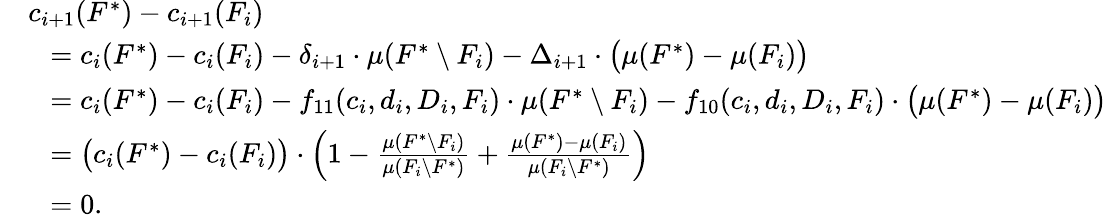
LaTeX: \begin{array}{rl}&{c_{i+1}(F^{*})-c_{i+1}(F_{i})}\\ {}&{~~=c_{i}(F^{*})-c_{i}(F_{i})-\delta_{i+1}\cdot\mu(F^{*}\setminus F_{i})-\Delta_{i+1}\cdot\big(\mu(F^{*})-\mu(F_{i})\big)}\\ {}&{~~=c_{i}(F^{*})-c_{i}(F_{i})-f_{11}(c_{i},d_{i},D_{i},F_{i})\cdot\mu(F^{*}\setminus F_{i})-f_{10}(c_{i},d_{i},D_{i},F_{i})\cdot\big(\mu(F^{*})-\mu(F_{i})\big)}\\ {}&{~~=\big(c_{i}(F^{*})-c_{i}(F_{i})\big)\cdot\left(1-\frac{\mu(F^{*}\setminus F_{i})}{\mu(F_{i}\setminus F^{*})}+\frac{\mu(F^{*})-\mu(F_{i})}{\mu(F_{i}\setminus F^{*})}\right)}\\ {}&{~~=0.}\end{array}